Scottish Leaving Certificate Examination, 1959
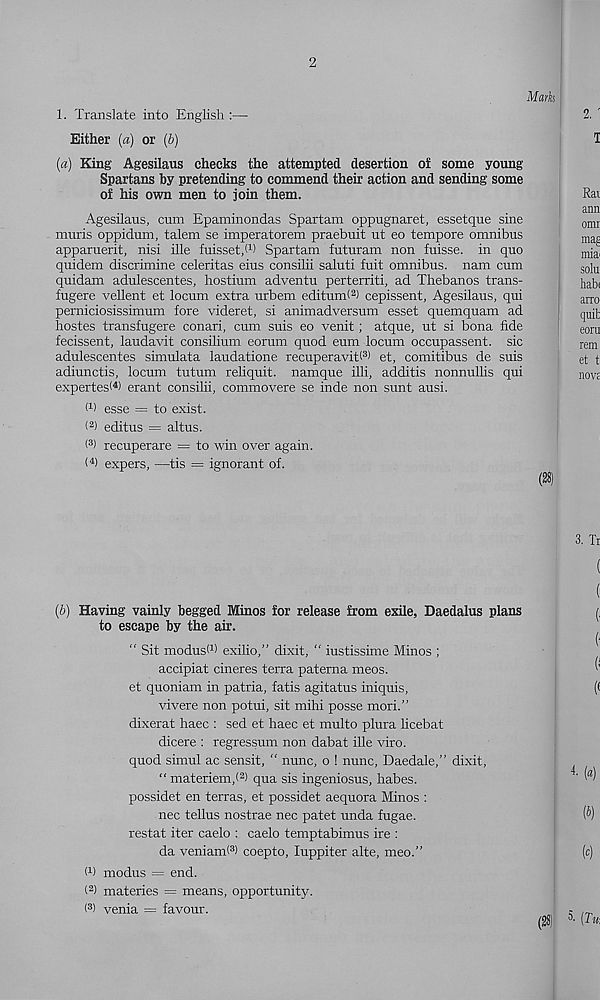
2
Mark
1. Translate into English :—
Either (a) or (b)
(a) King Agesilaus checks the attempted desertion of some young
Spartans by pretending to commend their action and sending some
of his own men to join them.
Agesilaus, cum Epaminondas Spartam oppugnaret, essetque sine
muris oppidum, talem se imperatorem praebuit ut eo tempore omnibus
apparuerit, nisi ille fuisset,! 1 ) Spartam futuram non fuisse. in quo
quidem discrimine celeritas eius consilii saluti fuit omnibus, nam cum
quidam adulescentes, hostium adventu perterriti, ad Thebanos trans-
fugere vellent et locum extra urbem editunE 2 ) cepissent, Agesilaus, qui
perniciosissimum fore videret, si animadversum esset quemquam ad
hostes transfugere conari, cum suis eo venit; atque, ut si bona fide
fecissent, laudavit consilium eomm quod eum locum occupassent. sic
adulescentes simulata laudatione recuperavitl 3 ) et, comitibus de suis
adiunctis, locum tutum reliquit. namque illi, additis nonnullis qui
expertes< 4 ) erant consilii, commovere se inde non sunt ausi.
(i) esse = to exist.
( 2 > editus = altus.
< 3 ) recuperare = to win over again.
< 4 ) expers, —tis = ignorant of.
(b) Having vainly begged Minos for release from exile, Daedalus plans
to escape by the air.
“ Sit modus! 1 ) exilio,” dixit, “ iustissime Minos ;
accipiat cineres terra paterna meos.
et quoniam in patria, fatis agitatus iniquis,
vivere non potui, sit mihi posse mori.”
dixerat haec : sed et haec et multo plura licebat
dicere : regressum non dabat ille viro.
quod simul ac sensit, “ nunc, o ! nunc, Daedale,” dixit,
“ materiem,! 2 ) qua sis ingeniosus, babes,
possidet en terras, et possidet aequora Minos :
nec tellus nostrae nec patet unda fugae.
restat iter caelo : caelo temptabimus ire :
da veniam! 3 ) coepto, luppiter alte, meo.”
I 1 ) modus = end.
( 2 ) materies = means, opportunity.
( 3 ) venia — favour.
4
5.